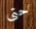
حتى